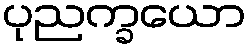
ပုညက္ခယော